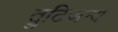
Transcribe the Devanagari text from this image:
त्रुटिजन्य